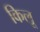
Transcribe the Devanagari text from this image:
किलू